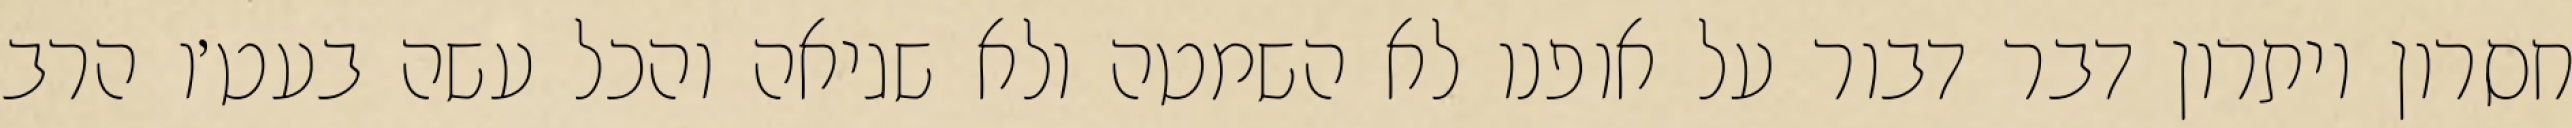
חסרון ויתרון דבר דבור על אופנו לא השמטה ולא שגיאה והכל עשה בעט׳ו הרב